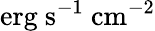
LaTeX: \mathrm{{erg\ s^{-1}\ cm^{-2}}}